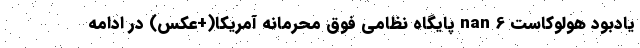
یادبود هولوکاست nan 6 پایگاه نظامی فوق محرمانه آمریکا(+عکس) در ادامه